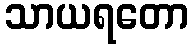
သာယရတော